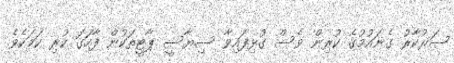
ސަރުކާރު ގެނައުމުގެ ކުރިން ވެސް ގުޅިފައިވާ ސިޔާސީ ޕާޓީތަކުން ފާހަގަ ކުރި ކަމަކެވެ.